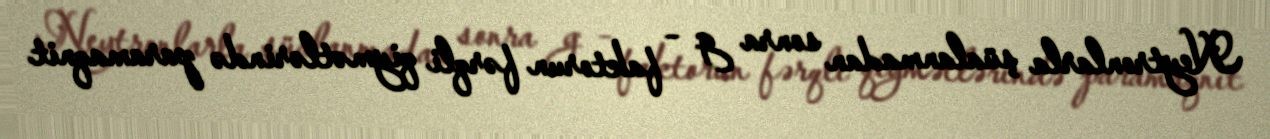
Neytronlarla şüalanmadan sonra g – faktorun fərqli qiymətlərində paramaqnit